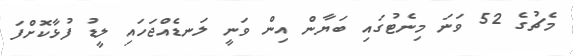
މެޗުގެ 52 ވަނަ މިނެޓުގައި ބަޔާން އިން ވަނީ ލަނޑެއްޖަހައި ލީޑު ފުޅާކޮށްފަ